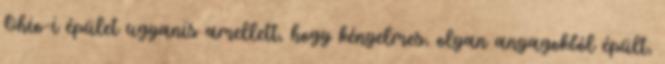
Ohio-i épület ugyanis amellett, hogy kényelmes, olyan anyagokból épült,